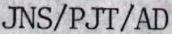
JNS/PJT/AD